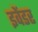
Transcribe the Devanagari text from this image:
इवेंडर